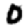
Digit: 0